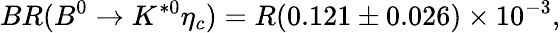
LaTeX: BR(B^{0}\rightarrow K^{*0}\eta_{c})=R(0.121\pm 0.026)\times 10^{-3},